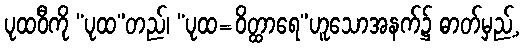
ပုထဝီကို “ပုထ”တည်၊ “ပုထ=ဝိတ္ထာရေ”ဟူသောအနက်၌ ဓာတ်မှည့်,